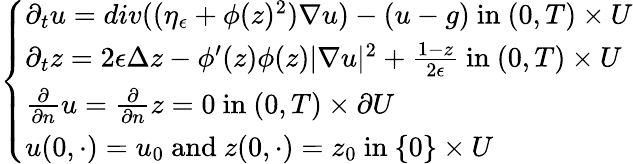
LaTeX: \left\{ \begin{array}{ll}{\partial_{t}u=div((\eta_{\epsilon}+\phi(z)^{2})\nabla u)-(u-g)\mathrm{~in~}(0,T)\times U}\\ {\partial_{t}z=2\epsilon\Delta z-\phi^{\prime}(z)\phi(z)|\nabla u|^{2}+\frac{1-z}{2\epsilon}\mathrm{~in~}(0,T)\times U}\\ {\frac{\partial}{\partial n}u=\frac{\partial}{\partial n}z=0\mathrm{~in~}(0,T)\times\partial U}\\ {u(0,\cdot)=u_{0}\mathrm{~and~}z(0,\cdot)=z_{0}\mathrm{~in~}\{ 0\} \times U}\end{array}\right.